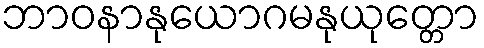
ဘာဝနာနုယောဂမနုယုတ္တော